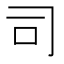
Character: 司